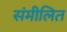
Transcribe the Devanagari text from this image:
संमीलित